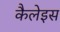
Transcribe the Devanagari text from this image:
कैलेइस